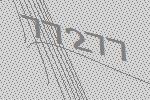
77277